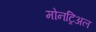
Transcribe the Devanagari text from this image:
मोनट्रिअल